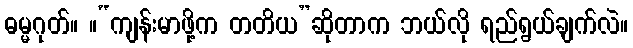
ဓမ္မဂုတ်။ ။“ကျန်းမာဖို့က တတိယ”ဆိုတာက ဘယ်လို ရည်ရွယ်ချက်လဲ။